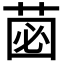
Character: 𮏗